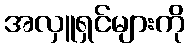
အလှူရှင်များကို